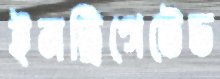
ইনট্রিগেটেড